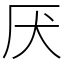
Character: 厌